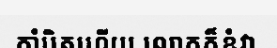
កាំបិតហើយ លោកក៏ខំវា